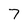
Character: 7